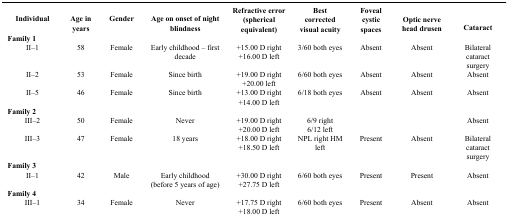
<table><thead><tr><td><b>Individual</b></td><td><b>Age in years</b></td><td><b>Gender</b></td><td><b>Age on onset of night blindness</b></td><td><b>Refractive error (spherical equivalent)</b></td><td><b>Best corrected visual acuity</b></td><td><b>Foveal cystic spaces</b></td><td><b>Optic nerve head drusen</b></td><td><b>Cataract</b></td></tr></thead><tbody><tr><td colspan="9"><b>Family 1</b></td></tr><tr><td>II–1</td><td>58</td><td>Female</td><td>Early childhood – first decade</td><td>+15.00 D right +16.00 D left</td><td>3/60 both eyes</td><td>Absent</td><td>Absent</td><td>Bilateral cataract surgery</td></tr><tr><td>II–2</td><td>53</td><td>Female</td><td>Since birth</td><td>+19.00 D right +20.00 left</td><td>6/60 both eyes</td><td>Absent</td><td>Absent</td><td>Absent</td></tr><tr><td>II–5</td><td>46</td><td>Female</td><td>Since birth</td><td>+13.00 D right +14.00 D left</td><td>6/18 both eyes</td><td>Absent</td><td>Absent</td><td>Absent</td></tr><tr><td colspan="9"><b>Family 2</b></td></tr><tr><td>III–2</td><td>50</td><td>Female</td><td>Never</td><td>+19.00 D right +20.00 D left</td><td>6/9 right 6/12 left</td><td></td><td></td><td>Absent</td></tr><tr><td>III–3</td><td>47</td><td>Female</td><td>18 years</td><td>+18.00 D right +18.50 D left</td><td>NPL right HM left</td><td>Present</td><td>Absent</td><td>Bilateral cataract surgery</td></tr><tr><td colspan="9"><b>Family 3</b></td></tr><tr><td>II–1</td><td>42</td><td>Male</td><td>Early childhood (before 5 years of age)</td><td>+30.00 D right +27.75 D left</td><td>6/60 both eyes</td><td>Present</td><td>Present</td><td>Absent</td></tr><tr><td colspan="9"><b>Family 4</b></td></tr><tr><td>III–1</td><td>34</td><td>Female</td><td>Never</td><td>+17.75 D right +18.00 D left</td><td>6/60 both eyes</td><td>Present</td><td>Absent</td><td>Absent</td></tr></tbody></table>